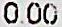
0.00